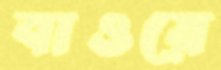
বাওয়ে